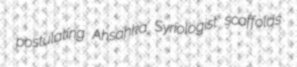
postulating Ahsahka Syriologist scaffolds